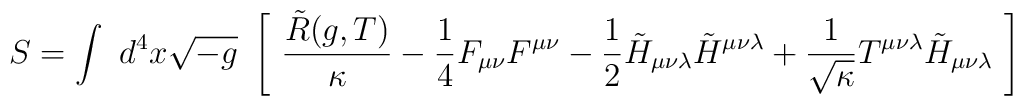
S = \int~ d^{4}x \sqrt{-g} ~\left[~\frac{\tilde{R} (g,T)}{\kappa} -    \frac{1}{4} F_{\mu \nu} F^{\mu \nu} -    \frac{1}{2} \tilde{H}_{\mu \nu \lambda} \tilde{H}^{\mu \nu \lambda} +    \frac{1}{\sqrt{\kappa}} T^{\mu \nu \lambda} \tilde{H}_{\mu \nu     \lambda}~\right]